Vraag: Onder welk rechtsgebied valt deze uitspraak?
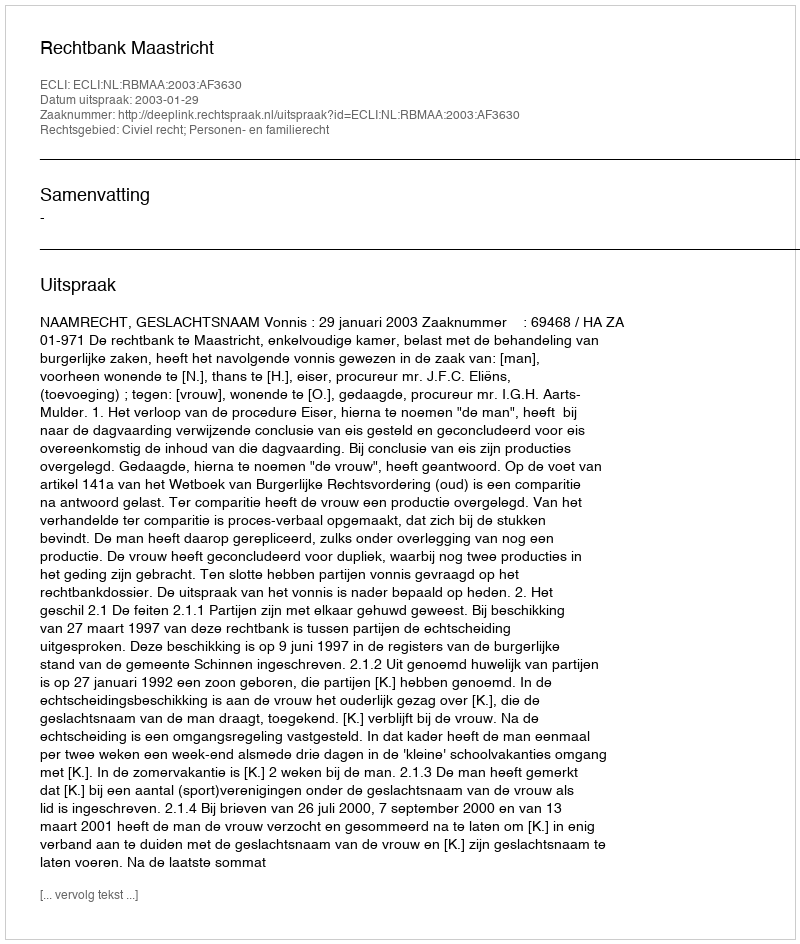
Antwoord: Civiel recht; Personen- en familierecht